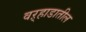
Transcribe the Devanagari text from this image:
वऱ्हाडातील